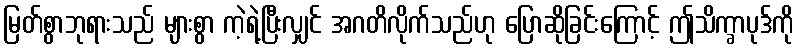
မြတ်စွာဘုရားသည် များစွာ ကဲ့ရဲ့ပြီးလျှင် အဂတိလိုက်သည်ဟု ပြောဆိုခြင်းကြောင့် ဤသိက္ခာပုဒ်ကို